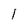
Character: l